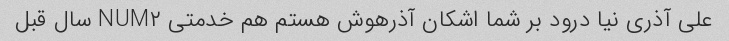
علی آذری نیا درود بر شما اشکان آذرهوش هستم هم خدمتی NUM۲ سال قبل